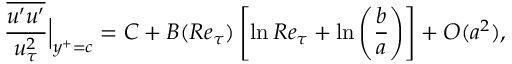
\frac { \overline { { u ^ { \prime } u ^ { \prime } } } } { u _ { \tau } ^ { 2 } } \Big | _ { y ^ { + } = c } = C + B ( R e _ { \tau } ) \left[ \ln R e _ { \tau } + \ln \left( \frac { b } { a } \right) \right] + O ( a ^ { 2 } ) ,